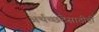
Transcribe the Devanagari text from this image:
अर्थच्छटेसाठीही